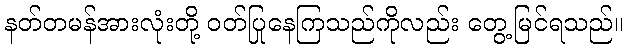
နတ်တမန်အားလုံးတို့ ဝတ်ပြုနေကြသည်ကိုလည်း တွေ့မြင်ရသည်။